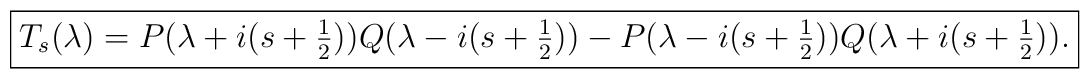
\fbox{$T_s(\lambda) = P(\lambda+i(s+\frac{1}{2}))Q(\lambda-i(s+\frac{1}{2})) -P(\lambda-i(s+\frac{1}{2})) Q(\lambda+i(s+\frac{1}{2})).$}